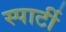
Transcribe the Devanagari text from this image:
स्पार्टी